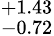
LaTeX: ^{+1.43}_{-0.72}